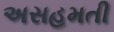
અસહમતી